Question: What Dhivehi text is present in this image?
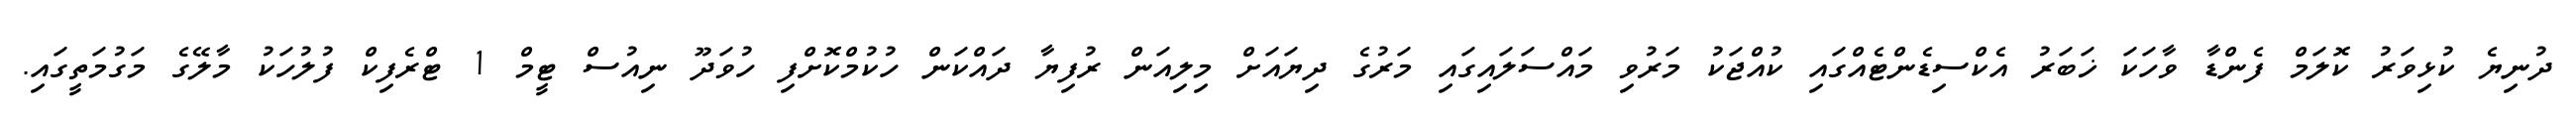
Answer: ދުނިޔެ ކުޅިވަރު ކޮލަމް ފެންޑާ ވާހަކަ ޚަބަރު އެކްސިޑެންޓެއްގައި ކުއްޖަކު މަރުވި މައްސަލައިގައި މަރުގެ ދިޔައަށް މިލިއަން ރުފިޔާ ދައްކަން ހުކުމްކޮށްފި ހުވަދޫ ނިއުސް ޓީމް 1 ޓްރެފިކް ފުލުހަކު މާލޭގެ މަގުމަތީގައި.